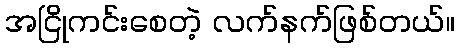
အငြိုကင်းစေတဲ့ လက်နက်ဖြစ်တယ်။